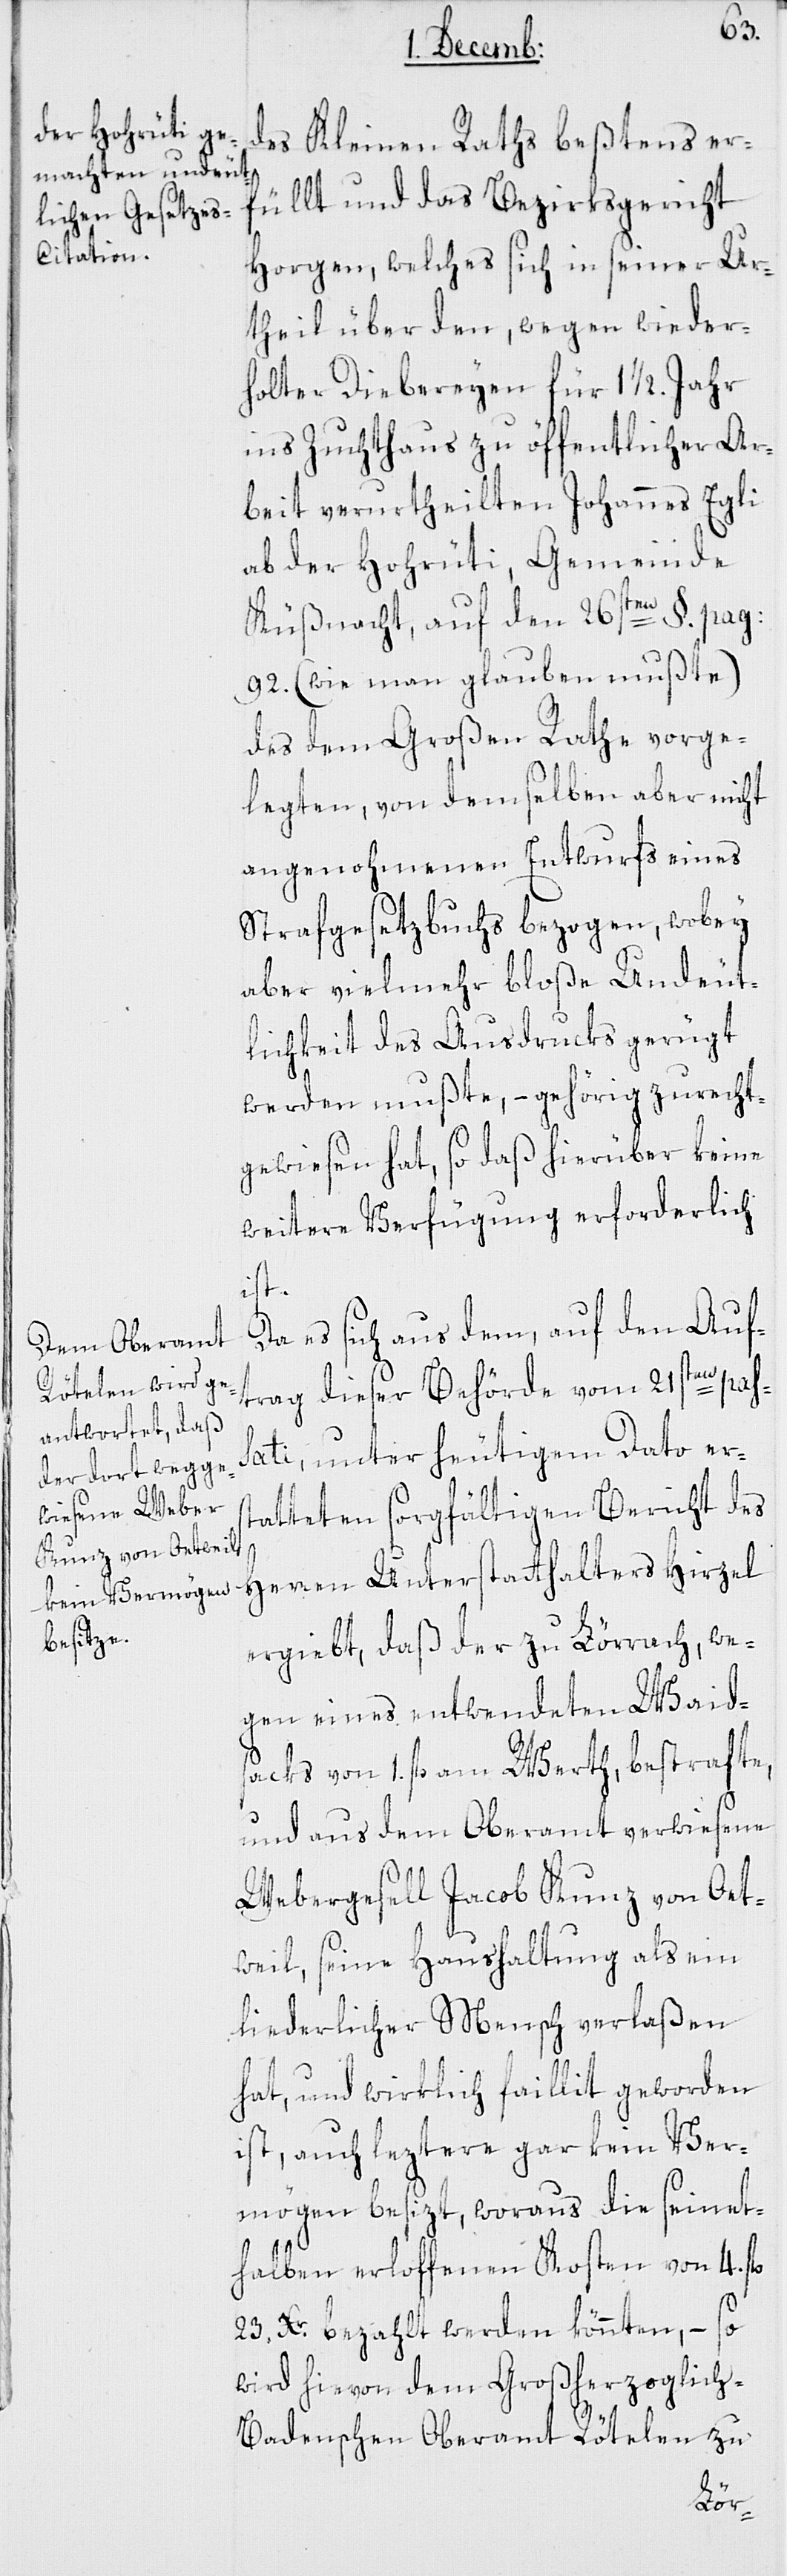
des Kleinen Raths beßtens er¬
füllt und das Bezirksgericht
Horgen, welches sich in seiner Ur¬
theil über den, wegen wieder¬
holter Diebereyn für 1 1/2 Jahr
ins Zuchthaus zu öffentlicher Ar¬
beit verurtheilten Johannes Egli
ab der Hohrüti, Gemeinde
Küßnacht, auf den 26sten §. pag:
92 (wie man glauben mußte),
des dem Großen Rathe vorge¬
legten, von demselben aber nicht
angenohmenen Entwurfs eines
Strafgesetzbuchs bezogen, wobey
aber vielmehr bloße Undeut¬
lichkeit des Ausdrucks gerügt
werden mußte, – gehörig zurecht¬
gewiesen hat, so daß hierüber keine
weitere Verfügung erforderlich
st¬
Da es sich aus dem, auf den Auf¬
trag dieser Behörde vom 21sten pas¬
sati, unter heutigem Dato er¬
atteten sorgfältigen Bericht des
Herren Unterstatthalters Hirzel
ergiebt, daß der zu Lörrach, we¬
gen eines entwendeten Waid¬
sacks von 1. fl. am Werth, bestrafte,
und aus dem Oberamt verwiesene
Webergesell Jacob Kunz von Oet¬
weil, seine Haushaltung als ein
liederlicher Mensch verlaßen
hat, und wirklich faillit geworden
ist, auch leztere gar kein Ver¬
mögen besizt, woraus die seinet¬
halber erloffenen Kosten von 4. fl.
23. Xr. bezahlt werden könnten, – so
wird hievon dem Großherzoglich-B¬
adenschen Oberamt Rötelen zu